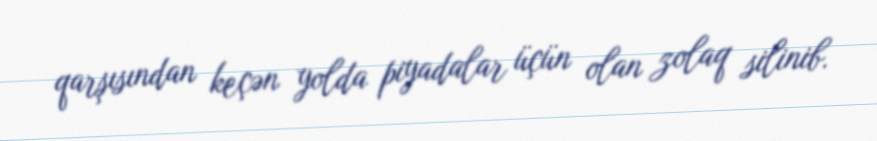
qarşısından keçən yolda piyadalar üçün olan zolaq silinib.